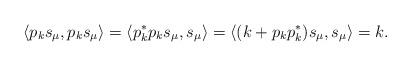
LaTeX: \begin{align*}\langle p_ks_\mu,p_ks_\mu\rangle=\langle p_k^*p_ks_\mu,s_\mu\rangle=\langle (k+p_kp_k^*)s_\mu,s_\mu\rangle=k.\end{align*}